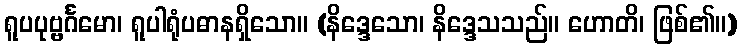
ရူပပုဗ္ဗင်္ဂမော၊ ရူပါရုံပဓာနရှိသော။ (နိဒ္ဒေသော၊ နိဒ္ဒေသသည်။ ဟောတိ၊ ဖြစ်၏။)